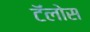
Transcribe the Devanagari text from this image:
टॅलोस